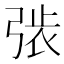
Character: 𢏾